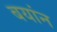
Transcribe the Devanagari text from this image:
बयांन